Vaccination in the Punjab 1905-1918 - 1905-1918
Year: 1905
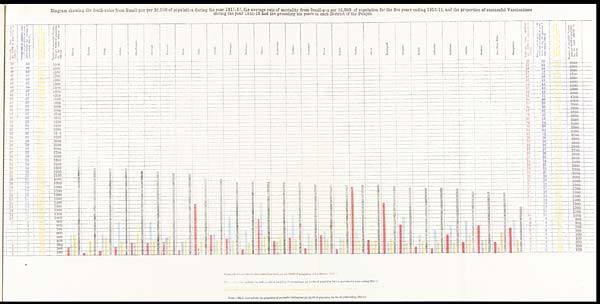
Diagram showing the death-rates from Small-pox per 10,000 of population during the year 1911-12, the average rate of mortality from Small-pox per 10,000 of population for the five years ending 1910-11, and the proportion of successful Vaccinations
during the year 1911-12 and the preceding six years in each District of the Punjab.